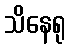
သိနေရု